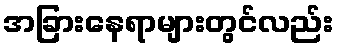
အခြားနေရာများတွင်လည်း